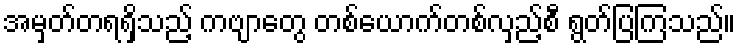
အမှတ်တရရှိသည့် ကဗျာတွေ တစ်ယောက်တစ်လှည့်စီ ရွတ်ပြကြသည်။